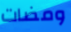
ومضات